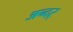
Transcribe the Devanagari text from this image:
अन्दर्